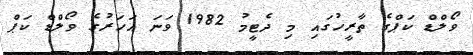
ވޯލްޑް ކަޕްގެ ތާރީހުގައި މި ދެޓީމު 1982 ވަނަ އަހަރުގެ ވޯލްޑް ކަޕް